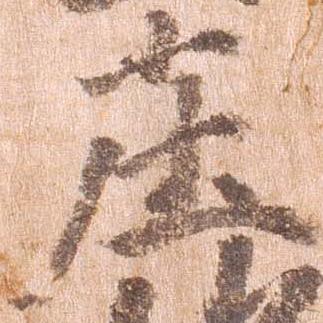
庄